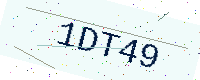
Text: 1DT49